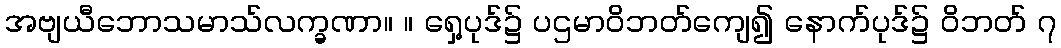
အဗျယီဘောသမာသ်လက္ခဏာ။ ။ ရှေ့ပုဒ်၌ ပဌမာဝိဘတ်ကျေ၍ နောက်ပုဒ်၌ ဝိဘတ် ၇